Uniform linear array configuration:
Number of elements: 32
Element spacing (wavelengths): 0.5
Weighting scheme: hann
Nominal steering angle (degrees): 60
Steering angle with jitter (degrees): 59.305
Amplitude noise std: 0.05
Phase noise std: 0.05

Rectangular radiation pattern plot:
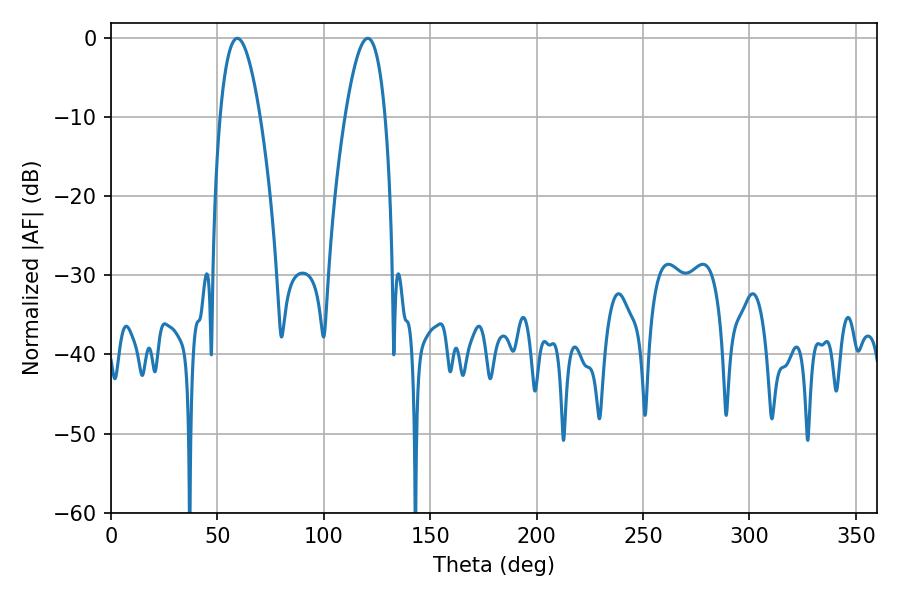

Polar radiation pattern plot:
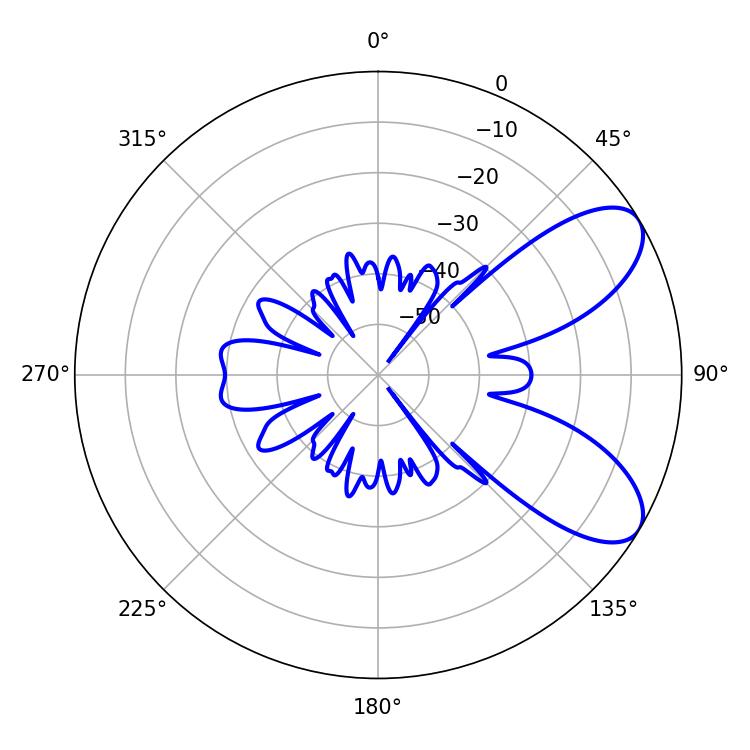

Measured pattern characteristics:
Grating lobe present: FALSE
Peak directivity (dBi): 7.762
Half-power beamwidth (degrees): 10.44
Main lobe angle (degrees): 59.4